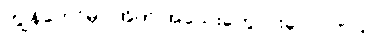
ကျွန်တော်မှာ အိတ် အသေးတွေ ငါးခုပါပါတယ်။